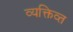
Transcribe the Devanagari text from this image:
व्यक्तिव्त